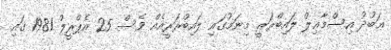
ޢަބުދު އިސްމާޢިލް ލައިބްރަރީ މިނަމުގައި ލައިބްރަރީއެއް ވެސް 25 އެޕްރީލް 1981 ގައި